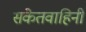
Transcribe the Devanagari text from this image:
संकेतवाहिनी